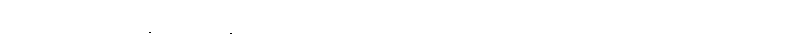
အဘယ်အစအစွန်းသည်။ နပညာယတိ၊ မထင်ရှားပါသနည်း။ ဣတိ၊ ဤသို့လျှောက်လတ်သော်။